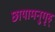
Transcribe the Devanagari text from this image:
छायामनुगृह्